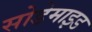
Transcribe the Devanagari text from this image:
सोडेमाइड